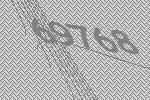
69768